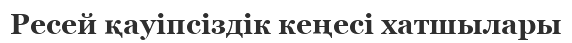
Ресей қауіпсіздік кеңесі хатшылары